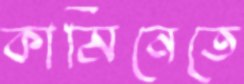
কামিনেতে